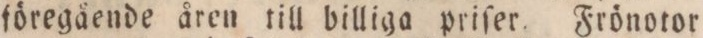
föregående åren till billiga priſer. Frönotor